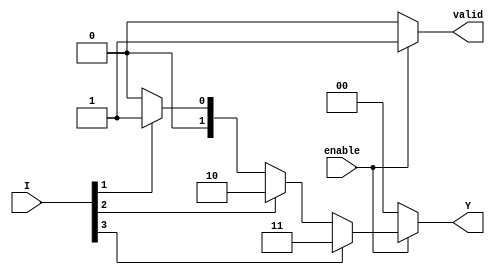
module encoder_4to2 (
    input wire [3:0] I,      // 4 input lines
    input wire enable,       // Enable signal
    output reg [1:0] Y,      // 2 output lines
    output reg valid         // Output valid signal (optional)
);

// Combinational logic for the encoder
always @(*) begin
    if (!enable) begin
        Y = 2'b00;  // Default output when disabled
        valid = 0;  // Output is not valid
    end else begin
        valid = 1;  // Output is valid
        
        case (1'b1)  // Check for the highest priority active input
            I[3]: Y = 2'b11; // Input I3 active
            I[2]: Y = 2'b10; // Input I2 active
            I[1]: Y = 2'b01; // Input I1 active
            I[0]: Y = 2'b00; // Input I0 active
            default: Y = 2'b00; // No input active
        endcase
    end
end

endmodule